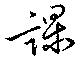
課